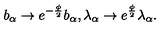
b _ { \alpha } \to e ^ { - \frac { \phi } { 2 } } b _ { \alpha } , \lambda _ { \alpha } \to e ^ { \frac { \phi } { 2 } } \lambda _ { \alpha } .